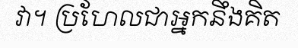
វា។ ប្រហែលជាអ្នកនឹងគិត